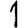
Digit: 1